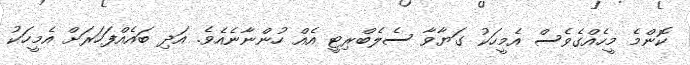
ކޮންމެ މީހެއްގެވެސް އެމީހަކު ގަޔާވާ ސެލެބްރިޓީ އެއް ހުންނާނެއެވެ. އަދި ބައެއްފަހަރަށް އެމީހަކު